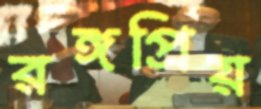
রঙ্গপ্রিয়